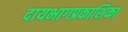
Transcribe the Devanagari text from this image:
दायभागप्रकाशिका